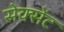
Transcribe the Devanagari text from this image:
सेक्सेंट